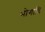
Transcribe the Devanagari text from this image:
भोगादि